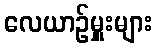
လေယာဉ်မှူးများ